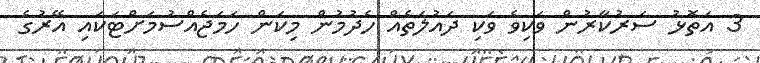
3 އަތޮޅު ސަރުކާރުން ވަކިވެ ވަކި ދައުލަތެއް ހެދުމުން މިކަން ހަމަޖެއްސުމަށްޓަކައި އޭރުގެ